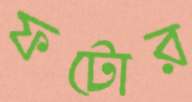
ফটোর